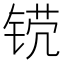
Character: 𬭒